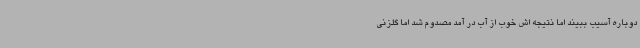
دوباره آسیب ببیند اما نتیجه اش خوب از آب در آمد مصدوم شد اما گلزنی